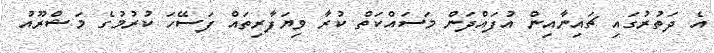
އެ ދަތުރުގައި ޗައިނާއިން އުފައްދަން މަސައްކަތް ކުރާ ވިޔަފާރިތައް ފަސޭހަ ކުރުމުގެ މަޝްރޫއު